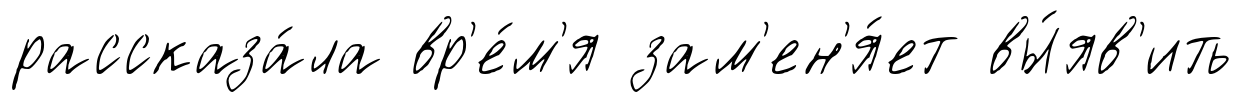
рассказа́ла вр'е́м'я зам'ен'я́ет вы́яв'ить